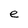
Character: e